Lunatic asylums in Bengal annual reports 1912-1924 - 1912-1924
Year: 1912
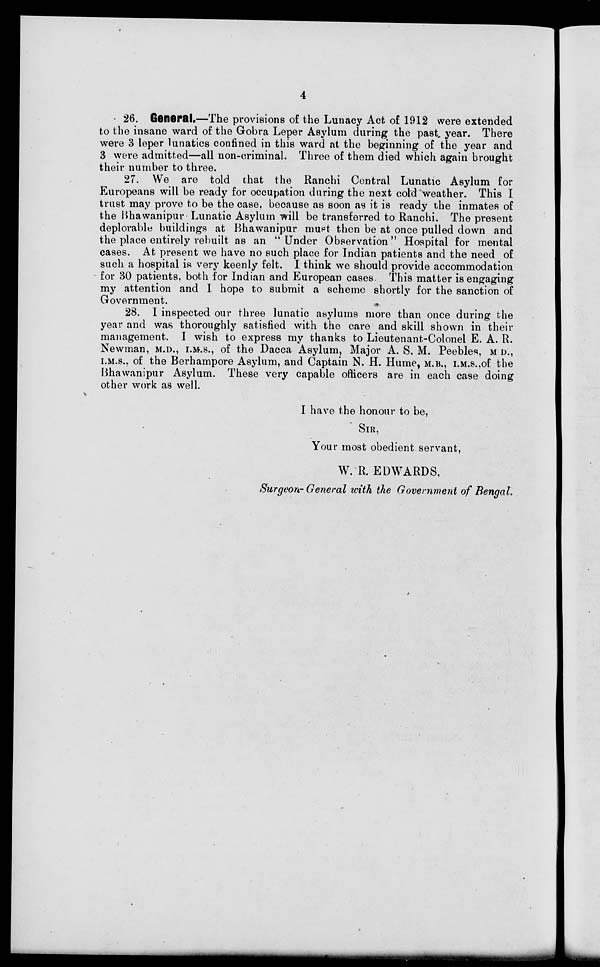
4
26. General.—The provisions of the Lunacy Act of 1912 were extended
to the insane ward of the Gobra Leper Asylum during the past year. There
were 3 leper lunatics confined in this ward at the beginning of the year and
3 were admitted—all non-criminal. Three of them died which again brought
their number to three.
27. We are told that the Ranchi Central Lunatic Asylum for
Europeans will be ready for occupation during the next cold weather. This I
trust may prove to be the case, because as soon as it is ready the inmates of
the Bhawanipur Lunatic Asylum will be transferred to Ranchi. The present
deplorable buildings at Bhawanipur must then be at once pulled down and
the place entirely rebuilt as an " Under Observation " Hospital for mental
cases. At present we have no such place for Indian patients and the need of
such a hospital is very keenly felt. I think we should provide accommodation
for 30 patients, both for Indian and European cases. This matter is engaging
my attention and I hope to submit a scheme shortly for the sanction of
Government.
28. I inspected our three lunatic asylums more than once during the
year and was thoroughly satisfied with the care and skill shown in their
management. I wish to express my thanks to Lieutenant-Colonel E. A. R.
Newman, M.D., I.M.S., of the Dacca Asylum, Major A. S. M. Peebles, M.D.,
I.M.S., of the Berhampore Asylum, and Captain N. H. Hume, M.B., I.M.S.,of the
Bhawanipur Asylum. These very capable officers are in each case doing
other work as well.
I have the honour to be,
SIR,
Your most obedient servant,
W. R. EDWARDS,
Surgeon-General with the Government of Bengal.